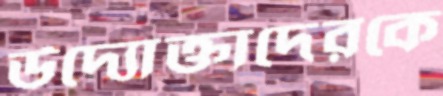
উদ্যোক্তাদেরকে